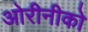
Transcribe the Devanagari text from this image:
ओरीनीको